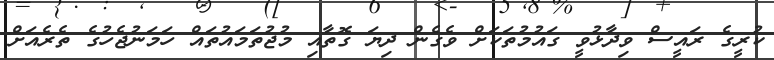
ކުރީގެ ރައީސް ވިދާޅުވީ ގައުމުތަކަށް ވެގެން ދިޔަ ގޮތާއި މުޖުތަމައުތައް ހަމަނުޖެހުގެ ތެރެއަށް